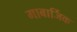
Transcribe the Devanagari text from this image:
गाबार्जिक